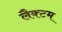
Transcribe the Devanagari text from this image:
लैक्टम